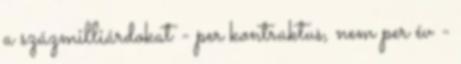
a százmilliárdokat - per kontraktus, nem per év -